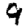
Digit: 9